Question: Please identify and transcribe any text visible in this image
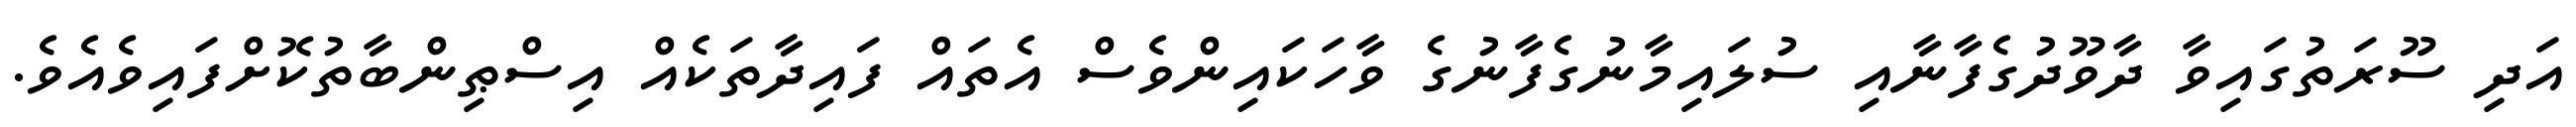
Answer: އަދި ސޫރަތުގައިވާ ދާވޫދުގެފާނާއި ސުލައިމާނުގެފާނުގެ ވާހަކައިންވެސް އެތައް ފައިދާތަކެއް އިސްޠިންބާތުކޮށްފައިވެއެވެ.